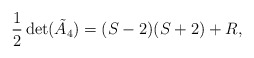
\begin{align*} \frac{1}{2}\det(\tilde{A}_4) = (S - 2)(S + 2) + R, \end{align*}